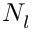
N _ { l }